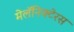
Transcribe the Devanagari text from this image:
मेलॅनिक्टेरस